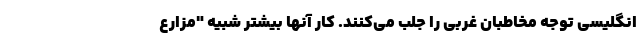
انگلیسی توجه مخاطبان غربی را جلب می‌کنند. کار آنها بیشتر شبیه "مزارع